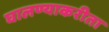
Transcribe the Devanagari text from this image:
घालण्याकरीता